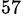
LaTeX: ^{57}